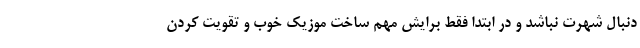
دنبال شهرت نباشد و در ابتدا فقط برایش مهم ساخت موزیک خوب و تقویت کردن